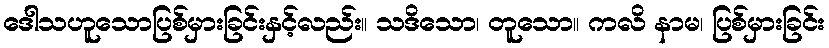
ဒေါသဟူသောပြစ်မှားခြင်းနှင့်လည်း။ သဒိသော၊ တူသော။ ကလိ နာမ၊ ပြစ်မှားခြင်း